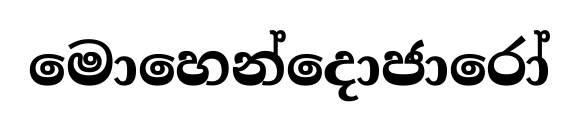
මොහෙන්දොජාරෝ